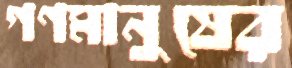
গণমানুষের